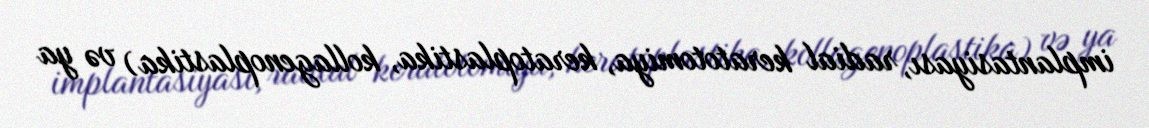
implantasiyası, radial keratotomiya, keratoplastika, kollagenoplastika) və ya